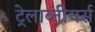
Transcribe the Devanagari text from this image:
ट्रेलाव्नीयर्स